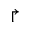
\Rsh